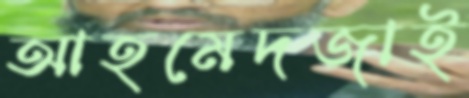
আহমেদজাই